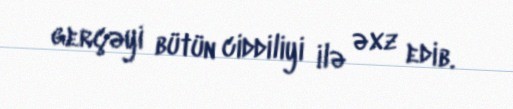
gerçəyi bütün ciddiliyi ilə əxz edib.